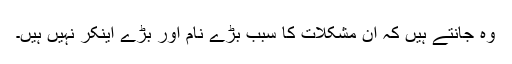
وہ جانتے ہیں کہ ان مشکلات کا سبب بڑے نام اور بڑے اینکر نہیں ہیں۔